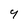
Character: 9